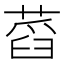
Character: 蓞